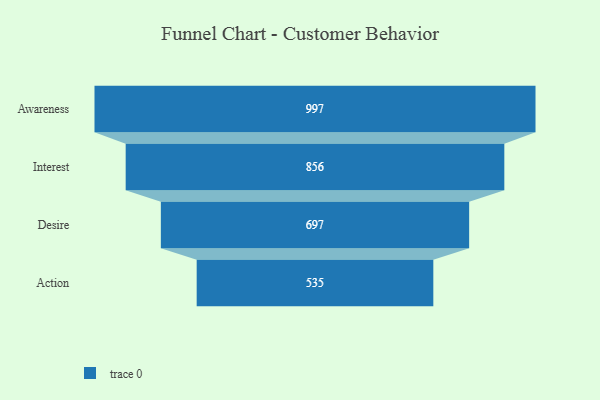
{"axis": {"x": "Stage", "y": "Value"}, "legend": [""], "data": [{"x": "Awareness", "y": 997.0, "type": ""}, {"x": "Interest", "y": 856.0, "type": ""}, {"x": "Desire", "y": 697.0, "type": ""}, {"x": "Action", "y": 535.0, "type": ""}]}